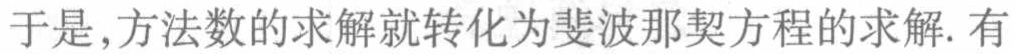
于是,方法数的求解就转化为斐波那契方程的求解. 有